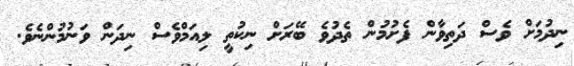
ނިދުމަށް ވެސް ދަތިވާން ފެށުމުން ތެދުވެ ބޭރަށް ނިކުތީ ލިއަމްވެސް ނިދަން ވަނުމުންނެވެ.